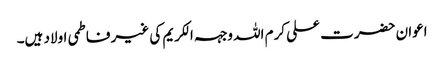
اعوان حضرت علی کرم اللہ وجہہ الکریم کی غیر فاطمی اولاد ہیں۔